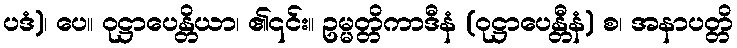
ပဒံ)၊ ပေ။ ဝုဋ္ဌာပေန္တိယာ၊ ၏၎င်း။ ဥမ္မတ္တိကာဒီနံ (ဝုဋ္ဌာပေန္တီနံ) စ၊ အနာပတ္တိ